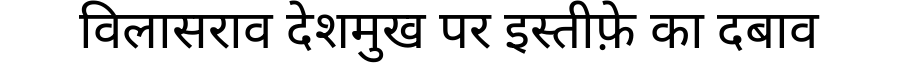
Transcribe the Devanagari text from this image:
विलासराव देशमुख पर इस्तीफ़े का दबाव